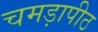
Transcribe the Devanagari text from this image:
चमड़ापीठ